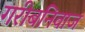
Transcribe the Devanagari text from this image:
गरीबनिवाज